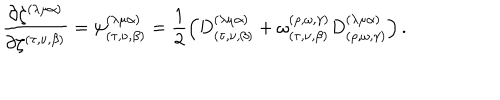
LaTeX: \frac { \partial \zeta ^ { ( \lambda \mu \alpha ) } } { \partial \zeta ^ { ( \tau , \nu , \beta ) } } = \psi _ { ( \tau , \nu , \beta ) } ^ { ( \lambda \mu \alpha ) } = \frac { 1 } { 2 } \left( D _ { ( \tau , \nu , \beta ) } ^ { ( \lambda \mu \alpha ) } + \omega _ { ( \tau , \nu , \beta ) } ^ { ( \rho , \omega , \gamma ) } D _ { ( \rho , \omega , \gamma ) } ^ { ( \lambda \mu \alpha ) } \right) .